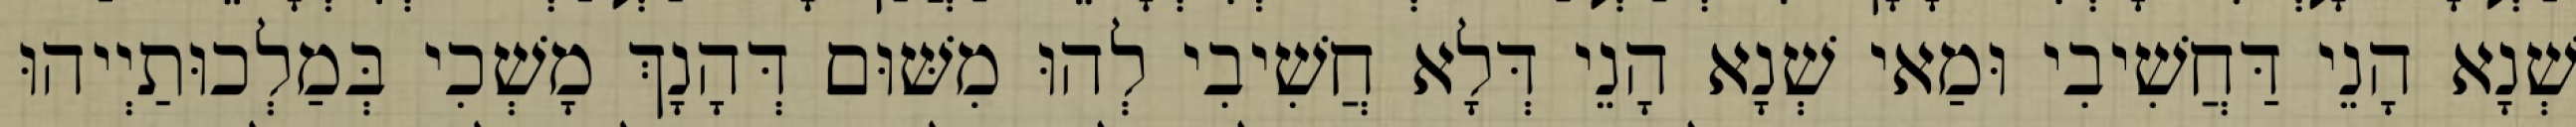
שְׁנָא הָנֵי דַּחֲשִׁיבִי וּמַאי שְׁנָא הָנֵי דְּלָא חֲשִׁיבִי לְהוּ מִשּׁוּם דְּהָנָךְ מָשְׁכִי בְּמַלְכוּתַיְיהוּ